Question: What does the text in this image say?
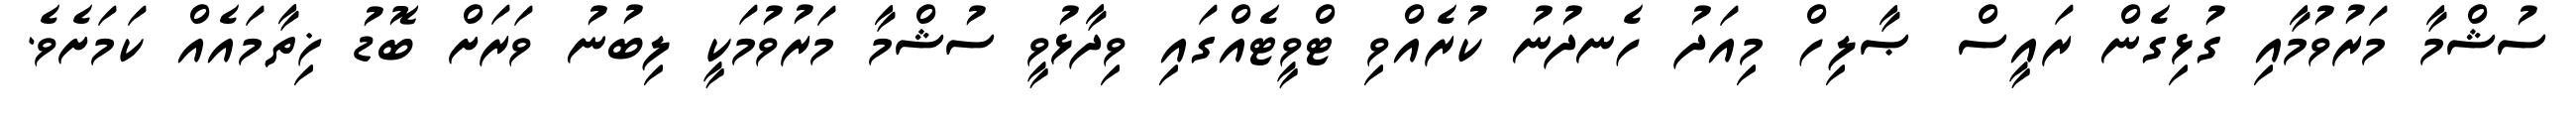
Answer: ސުޝްމާ މަރުވުމާއި ގުޅިގެން ރައީސް ޞާލިހް މިއަދު ހެނދުނު ކުރެއްވި ޓްވީޓެއްގައި ވިދާޅުވީ ސުޝްމާ މަރުވުމަކީ ލިބުނު ވަރަށް ބޮޑު ޚިތާމައެއް ކަމަށެވެ.